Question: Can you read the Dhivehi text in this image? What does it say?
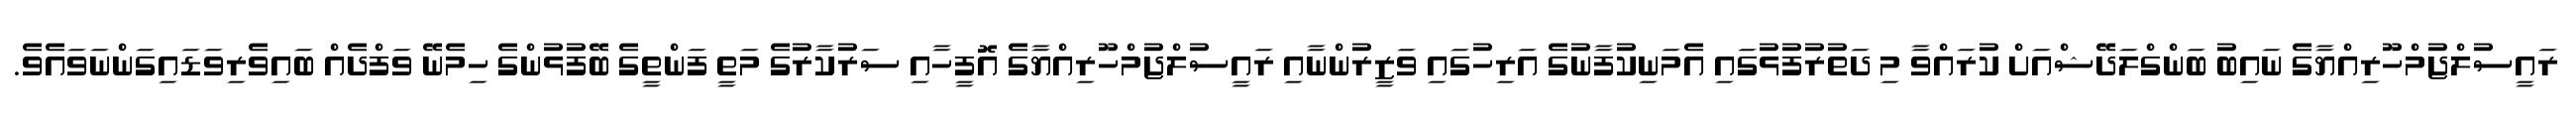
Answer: ރައީސުލްޖުމްހޫރިއްޔާގެ ނައިބު ބަންގްލަދޭޝްއަށް ކުރައްވާ މި ދަތުރުފުޅުގައި އެމަނިކުފާނުގެ އަރިހުގައި ވަޒީރުންނާއި ރައީސުލްޖުމްހޫރިއްޔާގެ އޮފީހާއި ސަރުކާރުގެ މަތީ ފަންތީގެ ބޭފުޅުންގެ ހިމެނޭ ވަފްދެއް ބައިވެރިވަޑައިގަންނަވައެވެ.